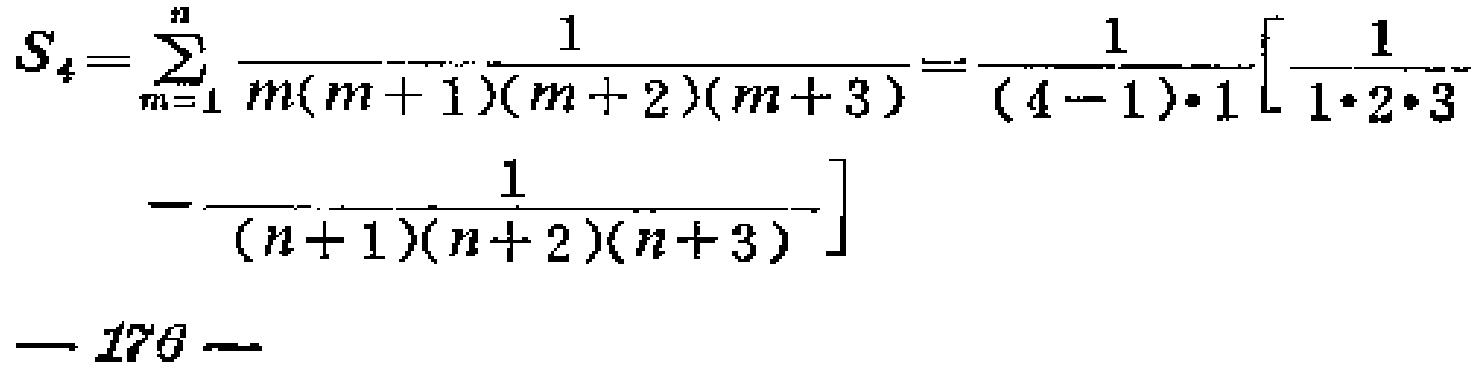
\[
S_{4}=\sum_{m = 1}^{n}\frac{1}{m(m + 1)(m + 2)(m + 3)}=\frac{1}{(4 - 1)\cdot1}\left[\frac{1}{1\cdot2\cdot3}-\frac{1}{(n + 1)(n + 2)(n + 3)}\right]
\]
— 176 —